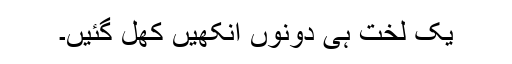
یک لخت ہی دونوں آنکھیں کھل گئیں۔